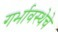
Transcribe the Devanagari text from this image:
गर्भावस्थेचे